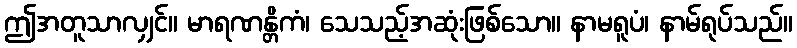
ဤအတူသာလျှင်။ မာရဏန္တိကံ၊ သေသည့်အဆုံးဖြစ်သော။ နာမရူပံ၊ နာမ်ရုပ်သည်။